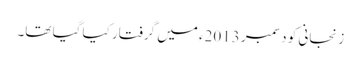
زنجانی کو دسمبر 2013ء میں گرفتار کیا گیا تھا۔